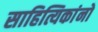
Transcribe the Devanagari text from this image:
साहित्यिकांनो